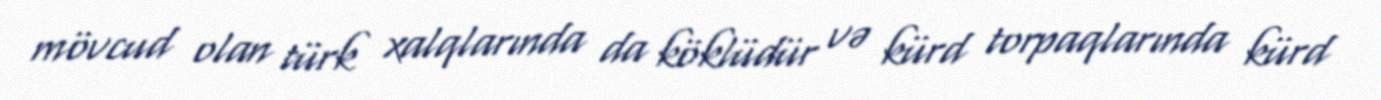
mövcud olan türk xalqlarında da köklüdür və kürd torpaqlarında kürd